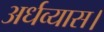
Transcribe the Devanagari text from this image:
अर्धव्यास।